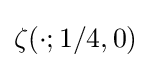
\zeta (\cdot ;1/4,0)